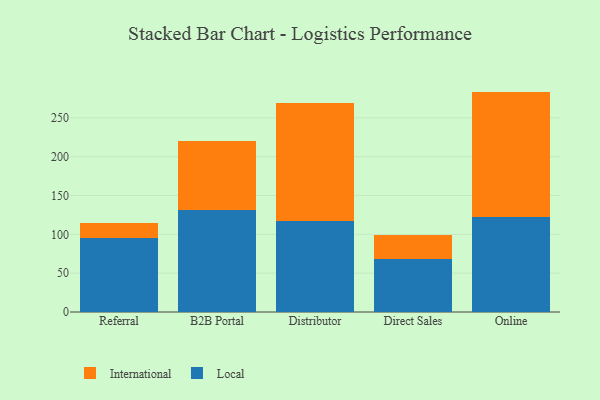
{"axis": {"x": "Channel", "y": "Churn Rate (%)"}, "legend": ["International", "Local"], "data": [{"x": "Referral", "y": 95.1, "type": "Local"}, {"x": "Referral", "y": 19.7, "type": "International"}, {"x": "B2B Portal", "y": 131.7, "type": "Local"}, {"x": "B2B Portal", "y": 87.9, "type": "International"}, {"x": "Distributor", "y": 117.5, "type": "Local"}, {"x": "Distributor", "y": 151.7, "type": "International"}, {"x": "Direct Sales", "y": 68.4, "type": "Local"}, {"x": "Direct Sales", "y": 31.3, "type": "International"}, {"x": "Online", "y": 122.1, "type": "Local"}, {"x": "Online", "y": 161.7, "type": "International"}]}